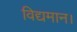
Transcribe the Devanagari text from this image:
विद्यमान।